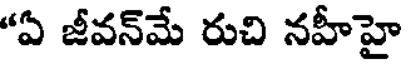
"ఏ జీవన్మే రుచి నహీహై